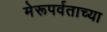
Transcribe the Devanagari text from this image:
मेरूपर्वताच्या